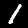
Label: 1